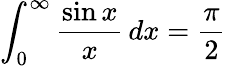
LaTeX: \int_{0}^{\infty}{\frac{\sin{x}}{x}}\, dx={\frac{\pi}{2}}